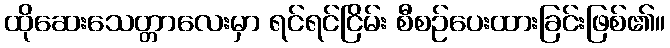
ထိုဆေးသေတ္တာလေးမှာ ရင်ရင်ငြိမ်း စီစဉ်ပေးထားခြင်းဖြစ်၏။